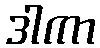
ဒါကာ